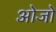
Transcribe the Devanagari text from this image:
ओजो